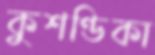
কুশণ্ডিকা